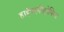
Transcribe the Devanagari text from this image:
हाईपरमीट्रोपिया